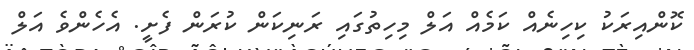
ކޮންއިރަކު ކިހިނެއް ކަމެއް އަލް މިހިތުގައި ރަނިކަން ކުރަން ފެށީ. އެހެންވެ އަލް